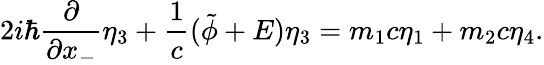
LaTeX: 2i{\hbar}\frac{\partial}{\partial x_{-}}{\eta}_{3}+\frac{1}{c}(\tilde{\phi}+E){\eta}_{3}=m_{1}c{\eta}_{1}+m_{2}c{\eta}_{4}.